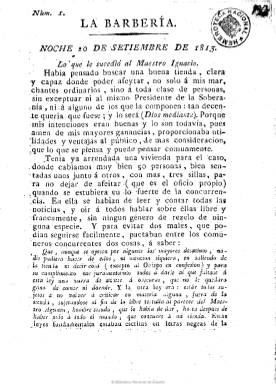
Título: La Barbería (Cádiz)
Colección: Periódicos anteriores a 1850
Ámbito geográfico: Cádiz
Lugar de publicación: Cádiz
Fechas: 01/01/1813-31/12/1820

Periódico político liberal, que comenzó a publicarse en Cádiz en 1813. En sus números se elogiaba a Wellington, se defendía al general Castaños y se abogaba por el traslado de las Cortes a Madrid. Tanto este periódico, como otros de la época, defiende a los afrancesados y critica las medidas de excluirles de todo cargo público. Postura que refleja la comunidad de ideales que en materia ideológica existía entre los liberales gaditanos y los afrancesados, para llevar a buen puerto las mejoras políticas conseguidas.